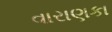
વારાણકા